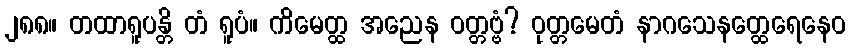
၂၈၈။ တထာရူပန္တိ တံ ရူပံ။ ကိမေတ္ထ အညေန ဝတ္တဗ္ဗံ? ဝုတ္တမေတံ နာဂသေနတ္ထေရေနေဝ